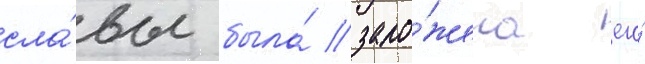
сла́вы была́ зало́жена его́